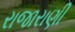
રાજારાણી